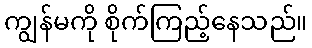
ကျွန်မကို စိုက်ကြည့်နေသည်။